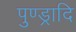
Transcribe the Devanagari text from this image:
पुण्ड्रादि